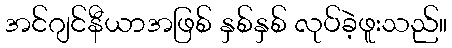
အင်ဂျင်နီယာအဖြစ် နှစ်နှစ် လုပ်ခဲ့ဖူးသည်။